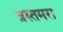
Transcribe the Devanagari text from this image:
त्रस्तमरा